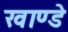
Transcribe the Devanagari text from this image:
खाण्डे